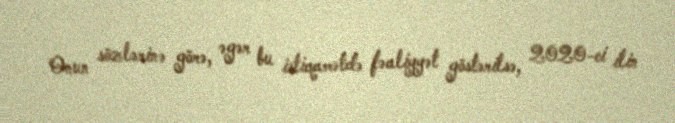
Onun sözlərinə görə, əgər bu istiqamətdə fəaliyyət göstərilsə, 2020-ci ilin